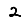
Digit: 2